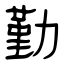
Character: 勤